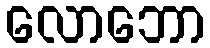
လောဘော